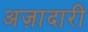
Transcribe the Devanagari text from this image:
अज़ादारी